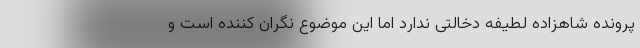
پرونده شاهزاده لطیفه دخالتی ندارد اما این موضوع نگران کننده است و